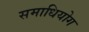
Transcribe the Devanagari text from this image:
समाधियोग